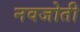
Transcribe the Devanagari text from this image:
नवजोती